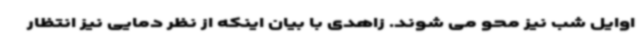
اوایل شب نیز محو می شوند. زاهدی با بیان اینکه از نظر دمایی نیز انتظار